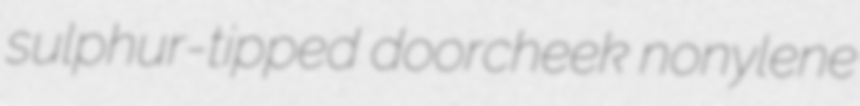
sulphur-tipped doorcheek nonylene